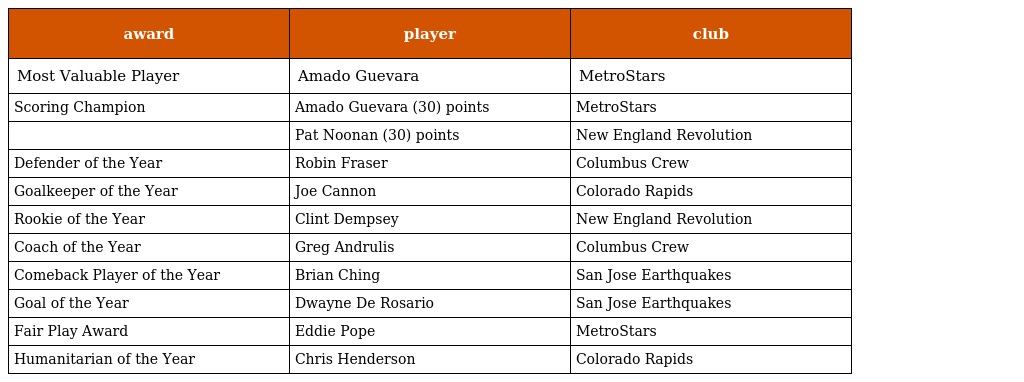
| award | player | club |
 | --- | --- | --- |
 | Most Valuable Player | Amado Guevara | MetroStars |
 | Scoring Champion | Amado Guevara (30) points | MetroStars |
 |  | Pat Noonan (30) points | New England Revolution |
 | Defender of the Year | Robin Fraser | Columbus Crew |
 | Goalkeeper of the Year | Joe Cannon | Colorado Rapids |
 | Rookie of the Year | Clint Dempsey | New England Revolution |
 | Coach of the Year | Greg Andrulis | Columbus Crew |
 | Comeback Player of the Year | Brian Ching | San Jose Earthquakes |
 | Goal of the Year | Dwayne De Rosario | San Jose Earthquakes |
 | Fair Play Award | Eddie Pope | MetroStars |
 | Humanitarian of the Year | Chris Henderson | Colorado Rapids |